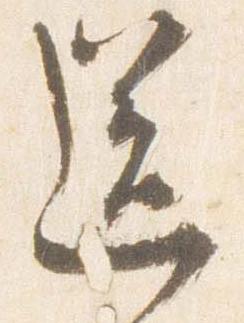
送